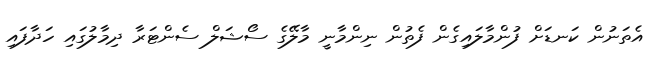
އެތަނުން ކަނޑަށް ފުންމާލައިގެން ފެތުން ނިންމާނީ މާލޭގެ ސޯޝަލް ސެންޓަރާ ދިމާލުގައި ހަދާފައި